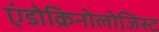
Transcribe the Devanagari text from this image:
एंडोक्रिनोलोजिस्ट